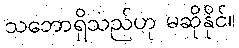
သဘောရှိသည်ဟု မဆိုနိုင်။